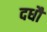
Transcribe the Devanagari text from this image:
दधौ